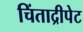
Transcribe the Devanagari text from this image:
चिंताद्रीपेट